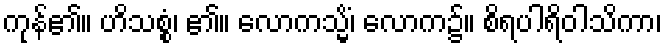
ကုန်၏။ ဟိသစ္စံ၊ ၏။ လောကသ္မိံ၊ လောက၌။ စိရပါရိဝါသိကာ၊